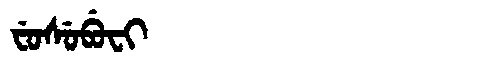
Manchu: ᠸᡠᠰᡠᠪᡠᠸᡳ
Romanization: FUSUBUFI